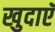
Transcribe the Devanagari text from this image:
खुदाएॅ